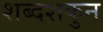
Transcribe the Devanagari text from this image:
शब्दशकुन